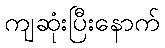
ကျဆုံးပြီးနောက်